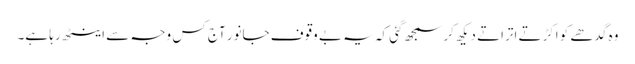
وہ گدھے کو اکڑتے اتراتے دیکھ کر سمجھ گئی کہ یہ بے وقوف جانور آج کس وجہ سے اینٹھ رہا ہے۔